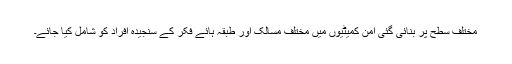
مختلف سطح پر بنائی گئی امن کمیٹیوں میں مختلف مسالک اور طبقہ ہائے فکر کے سنجیدہ افراد کو شامل کیا جائے۔